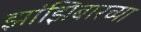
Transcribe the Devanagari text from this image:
झांझिबारच्या